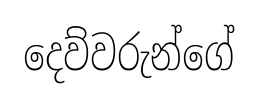
දෙව්වරුන්ගේ